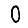
Digit: 0